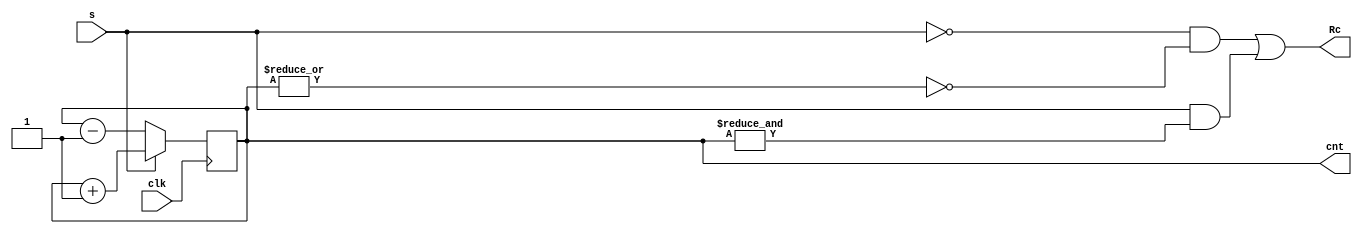
module Counter16bRev(clk, s, cnt, Rc);
    input wire clk, s;
    output reg [15:0] cnt;
    output wire Rc;

    initial cnt = 0;

    assign Rc = (~s & (~|cnt)) | (s & (&cnt));
    always @ (posedge clk) begin
        if (s)
            cnt <= cnt + 1;
        else
            cnt <= cnt - 1;
    end
endmodule